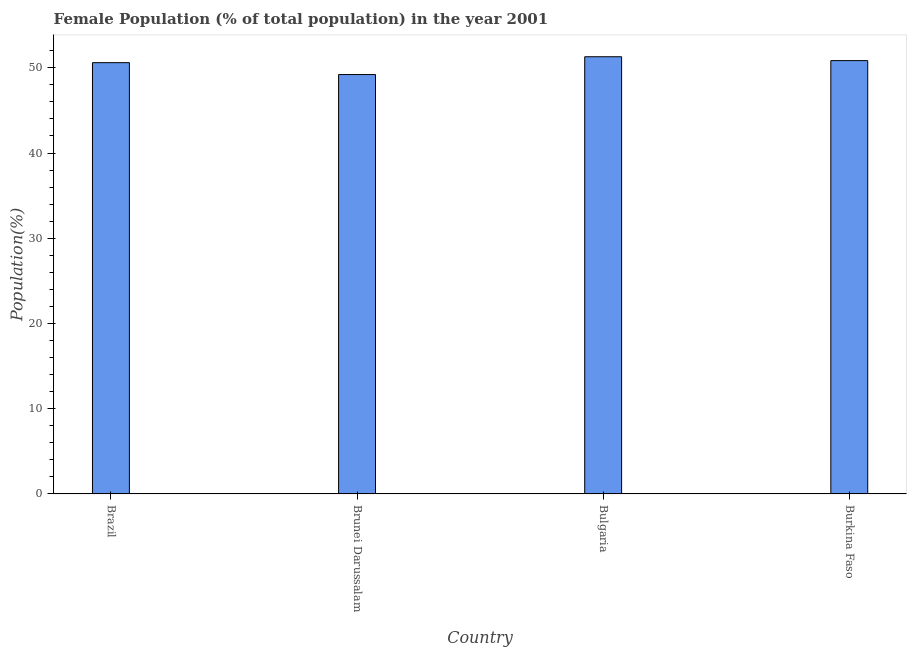
| Country | Female |
 | --- | --- |
 | Brazil | 50.6 |
 | Brunei Darussalam | 49.2 |
 | Bulgaria | 51.3 |
 | Burkina Faso | 50.8 |